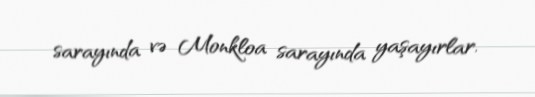
sarayında və Monkloa sarayında yaşayırlar.